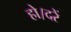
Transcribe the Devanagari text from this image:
हो।दरें